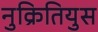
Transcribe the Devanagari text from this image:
नुक्रितियुस